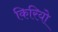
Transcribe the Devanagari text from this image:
किरियो